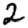
Digit: 2